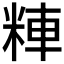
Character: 𱹄